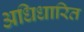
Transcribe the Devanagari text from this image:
अधिधारित